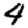
Digit: 4